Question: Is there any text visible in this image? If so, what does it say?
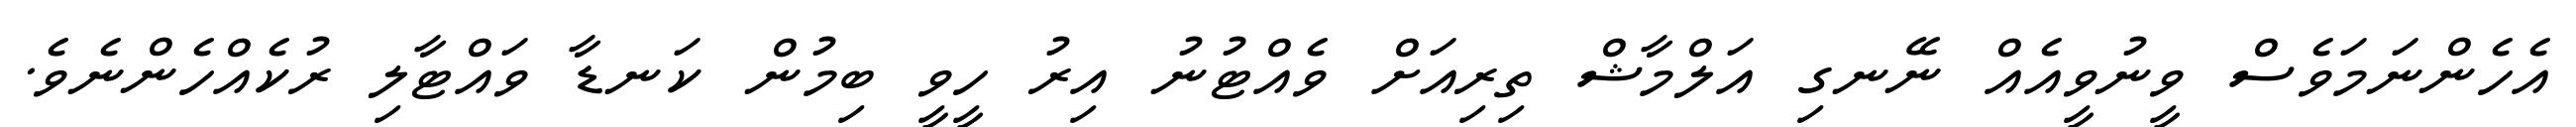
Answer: އެހެންނަމަވެސް ވީނުވީއެއް ނޭނގި އަލްމާޝް ތިރިއަށް ވެއްޓުނު އިރު ހީވީ ބިމުން ކަނޑާ ވައްޓާލި ރުކެއްހެންނެވެ.